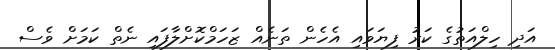
އަދި ހިލްއަތުގެ ކަރު ފިޔަވައި އެހެން ތަނެއް ޒަހަމްކޮށްލާފައި ނެތް ކަމަށް ވެސް